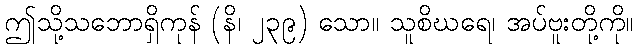
ဤသို့သဘောရှိကုန် (နိ၊ ၂၃၉) သော။ သူစိဃရေ၊ အပ်ဗူးတို့ကို။